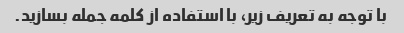
با توجه به تعریف زیر، با استفاده از کلمه جمله بسازید.